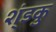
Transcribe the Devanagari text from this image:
श्ंडकु